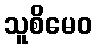
သူစိမေဝ